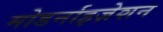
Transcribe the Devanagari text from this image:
मोडर्नाइज़ेशन